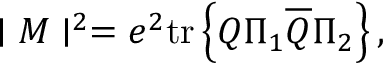
\mid M \mid ^ { 2 } = e ^ { 2 } \mathrm { t r } \left\{ Q \Pi _ { 1 } \overline { { { Q } } } \Pi _ { 2 } \right\} ,